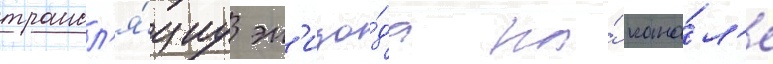
трансл'я́циу эп'изо́да на́ кана́л'е